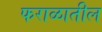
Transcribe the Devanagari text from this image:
फराळातील